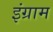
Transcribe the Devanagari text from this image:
इंग्राम